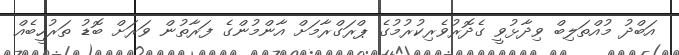
އަބްދު މުއްތަލިބް ވިދާޅުވީ ގެދޮރުވެރިކުރުމުގެ ޕްރަގްރާމަށް އާންމުންގެ ފަރާތުން ވަރަށް ބޮޑު ތަރުހީބެއް